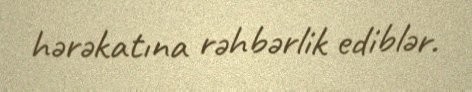
hərəkatına rəhbərlik ediblər.